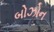
બોઝોન